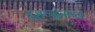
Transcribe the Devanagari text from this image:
सिन्द्धान्त